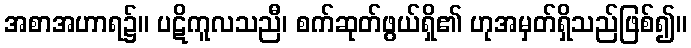
အစာအဟာရ၌။ ပဋိကူလသညီ၊ စက်ဆုတ်ဖွယ်ရှိ၏ ဟုအမှတ်ရှိသည်ဖြစ်၍။